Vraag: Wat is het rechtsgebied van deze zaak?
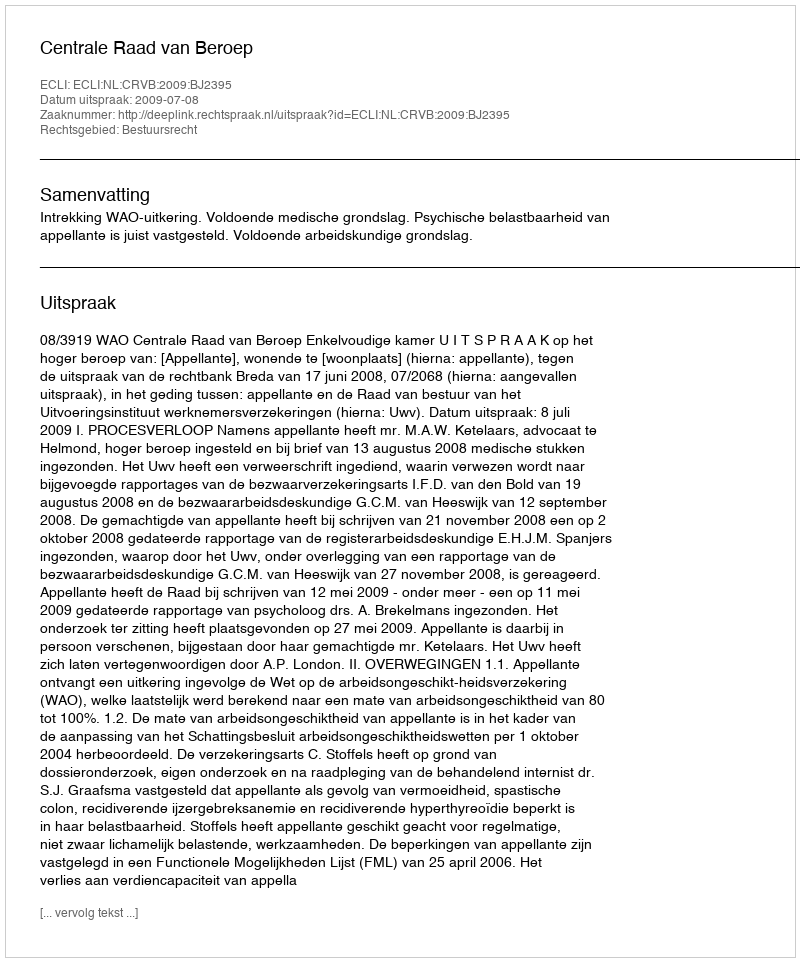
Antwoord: Bestuursrecht